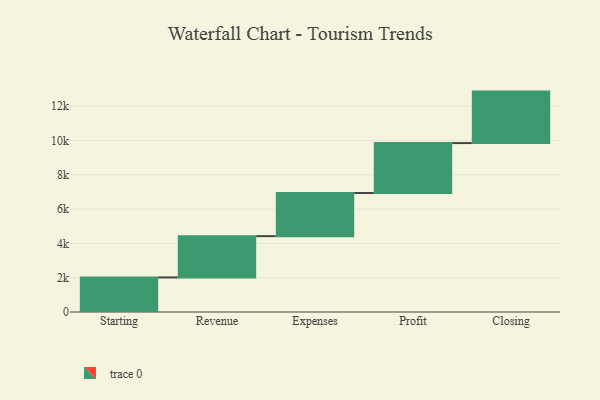
{"axis": {"x": "Step", "y": "Value"}, "legend": [""], "data": [{"x": "Starting", "y": 2015.0, "type": ""}, {"x": "Revenue", "y": 2406.0, "type": ""}, {"x": "Expenses", "y": 2514.0, "type": ""}, {"x": "Profit", "y": 2911.0, "type": ""}, {"x": "Closing", "y": 3000, "type": ""}]}